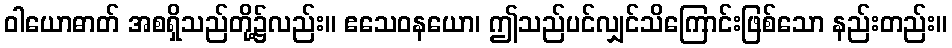
ဝါယောဓာတ် အစရှိသည်တို့၌လည်း။ ဧသေဝနယော၊ ဤသည်ပင်လျှင်သိကြောင်းဖြစ်သော နည်းတည်း။